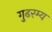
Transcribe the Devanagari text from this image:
गुढरम्य